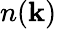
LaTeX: n(\mathbf{k})